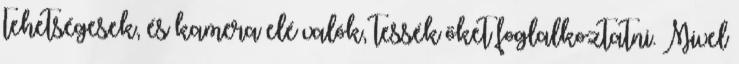
tehetségesek, és kamera elé valók, tessék őket foglalkoztatni. Mivel